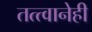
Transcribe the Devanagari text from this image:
तत्त्वानेही